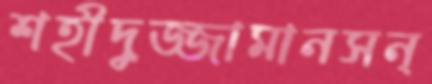
শহীদুজ্জামানসন্